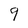
Character: 9